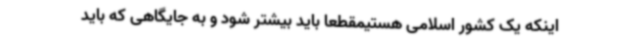
اینکه یک کشور اسلامی هستیمقطعا باید بیشتر شود و به جایگاهی که باید